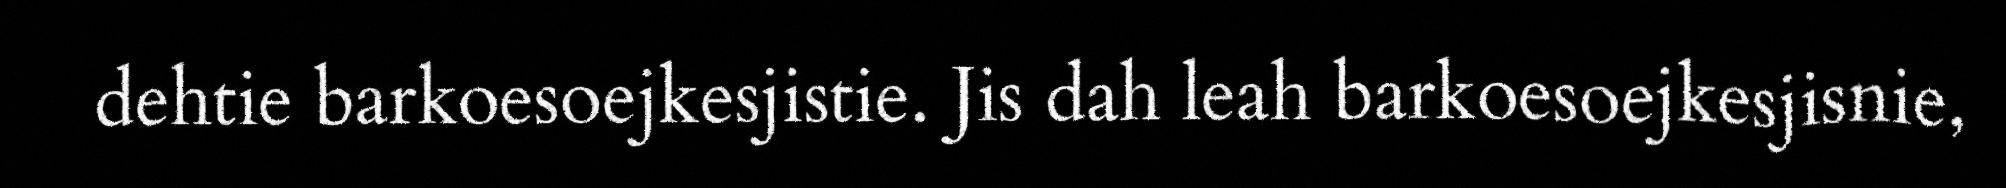
dehtie barkoesoejkesjistie. Jis dah leah barkoesoejkesjisnie,